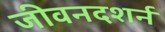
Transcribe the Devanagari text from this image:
जीवनदशर्न